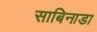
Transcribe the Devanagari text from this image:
साबिनाडा